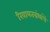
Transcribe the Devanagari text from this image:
रिवायतग्रंथांचें